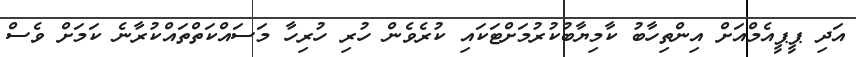
އަދި ޕީޕީއެމްއަށް އިންތިހާބު ކާމިޔާބުކުރުމަށްޓަކައި ކުރެވެން ހުރި ހުރިހާ މަސައްކަތްތައްކުރާނެ ކަމަށް ވެސް